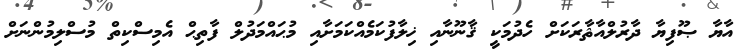
އާޔާ ޞޫފިޔާ ދާރުލްއާޘާރަކަށް ހެދުމަކީ ޤާނޫނާއި ޚިލާފުކަމެއްކަމަށާއި މުޙައްމަދުލް ފާތިޙް އެމިސްކިތް މުސްލިމުންނަށް